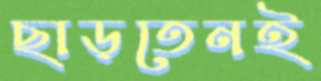
ছাড়তেনই